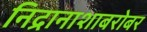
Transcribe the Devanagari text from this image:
निद्रानाशाबरोबर